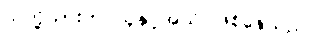
သတို့သားက သူနှင့်အသိ ဖြစ်နေသည်။